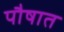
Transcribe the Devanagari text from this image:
पौषात